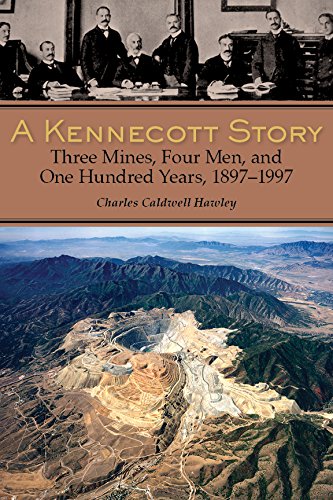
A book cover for A Kennecott Story: Three Mines, Four Men, and One Hundred Years, 1887-1997; Charles Caldwell Hawley; Business & Money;